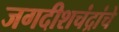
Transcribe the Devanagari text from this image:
जगदीशचंद्रांचे